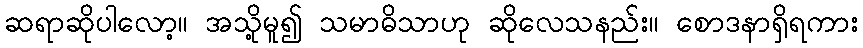
ဆရာဆိုပါလော့။ အသို့မူ၍ သမာဓိသာဟု ဆိုလေသနည်း။ စောဒနာရှိရကား